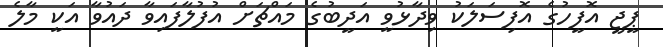
ޕީޖީ އޮފީހުގެ އޮފިސަލަކު ވިދާޅުވީ އަދީބުގެ މައްޗަށް އުފުލާފައިވާ ދައުވާ އަކީ މާލެ